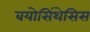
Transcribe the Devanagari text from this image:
बयोसिंथेसिस